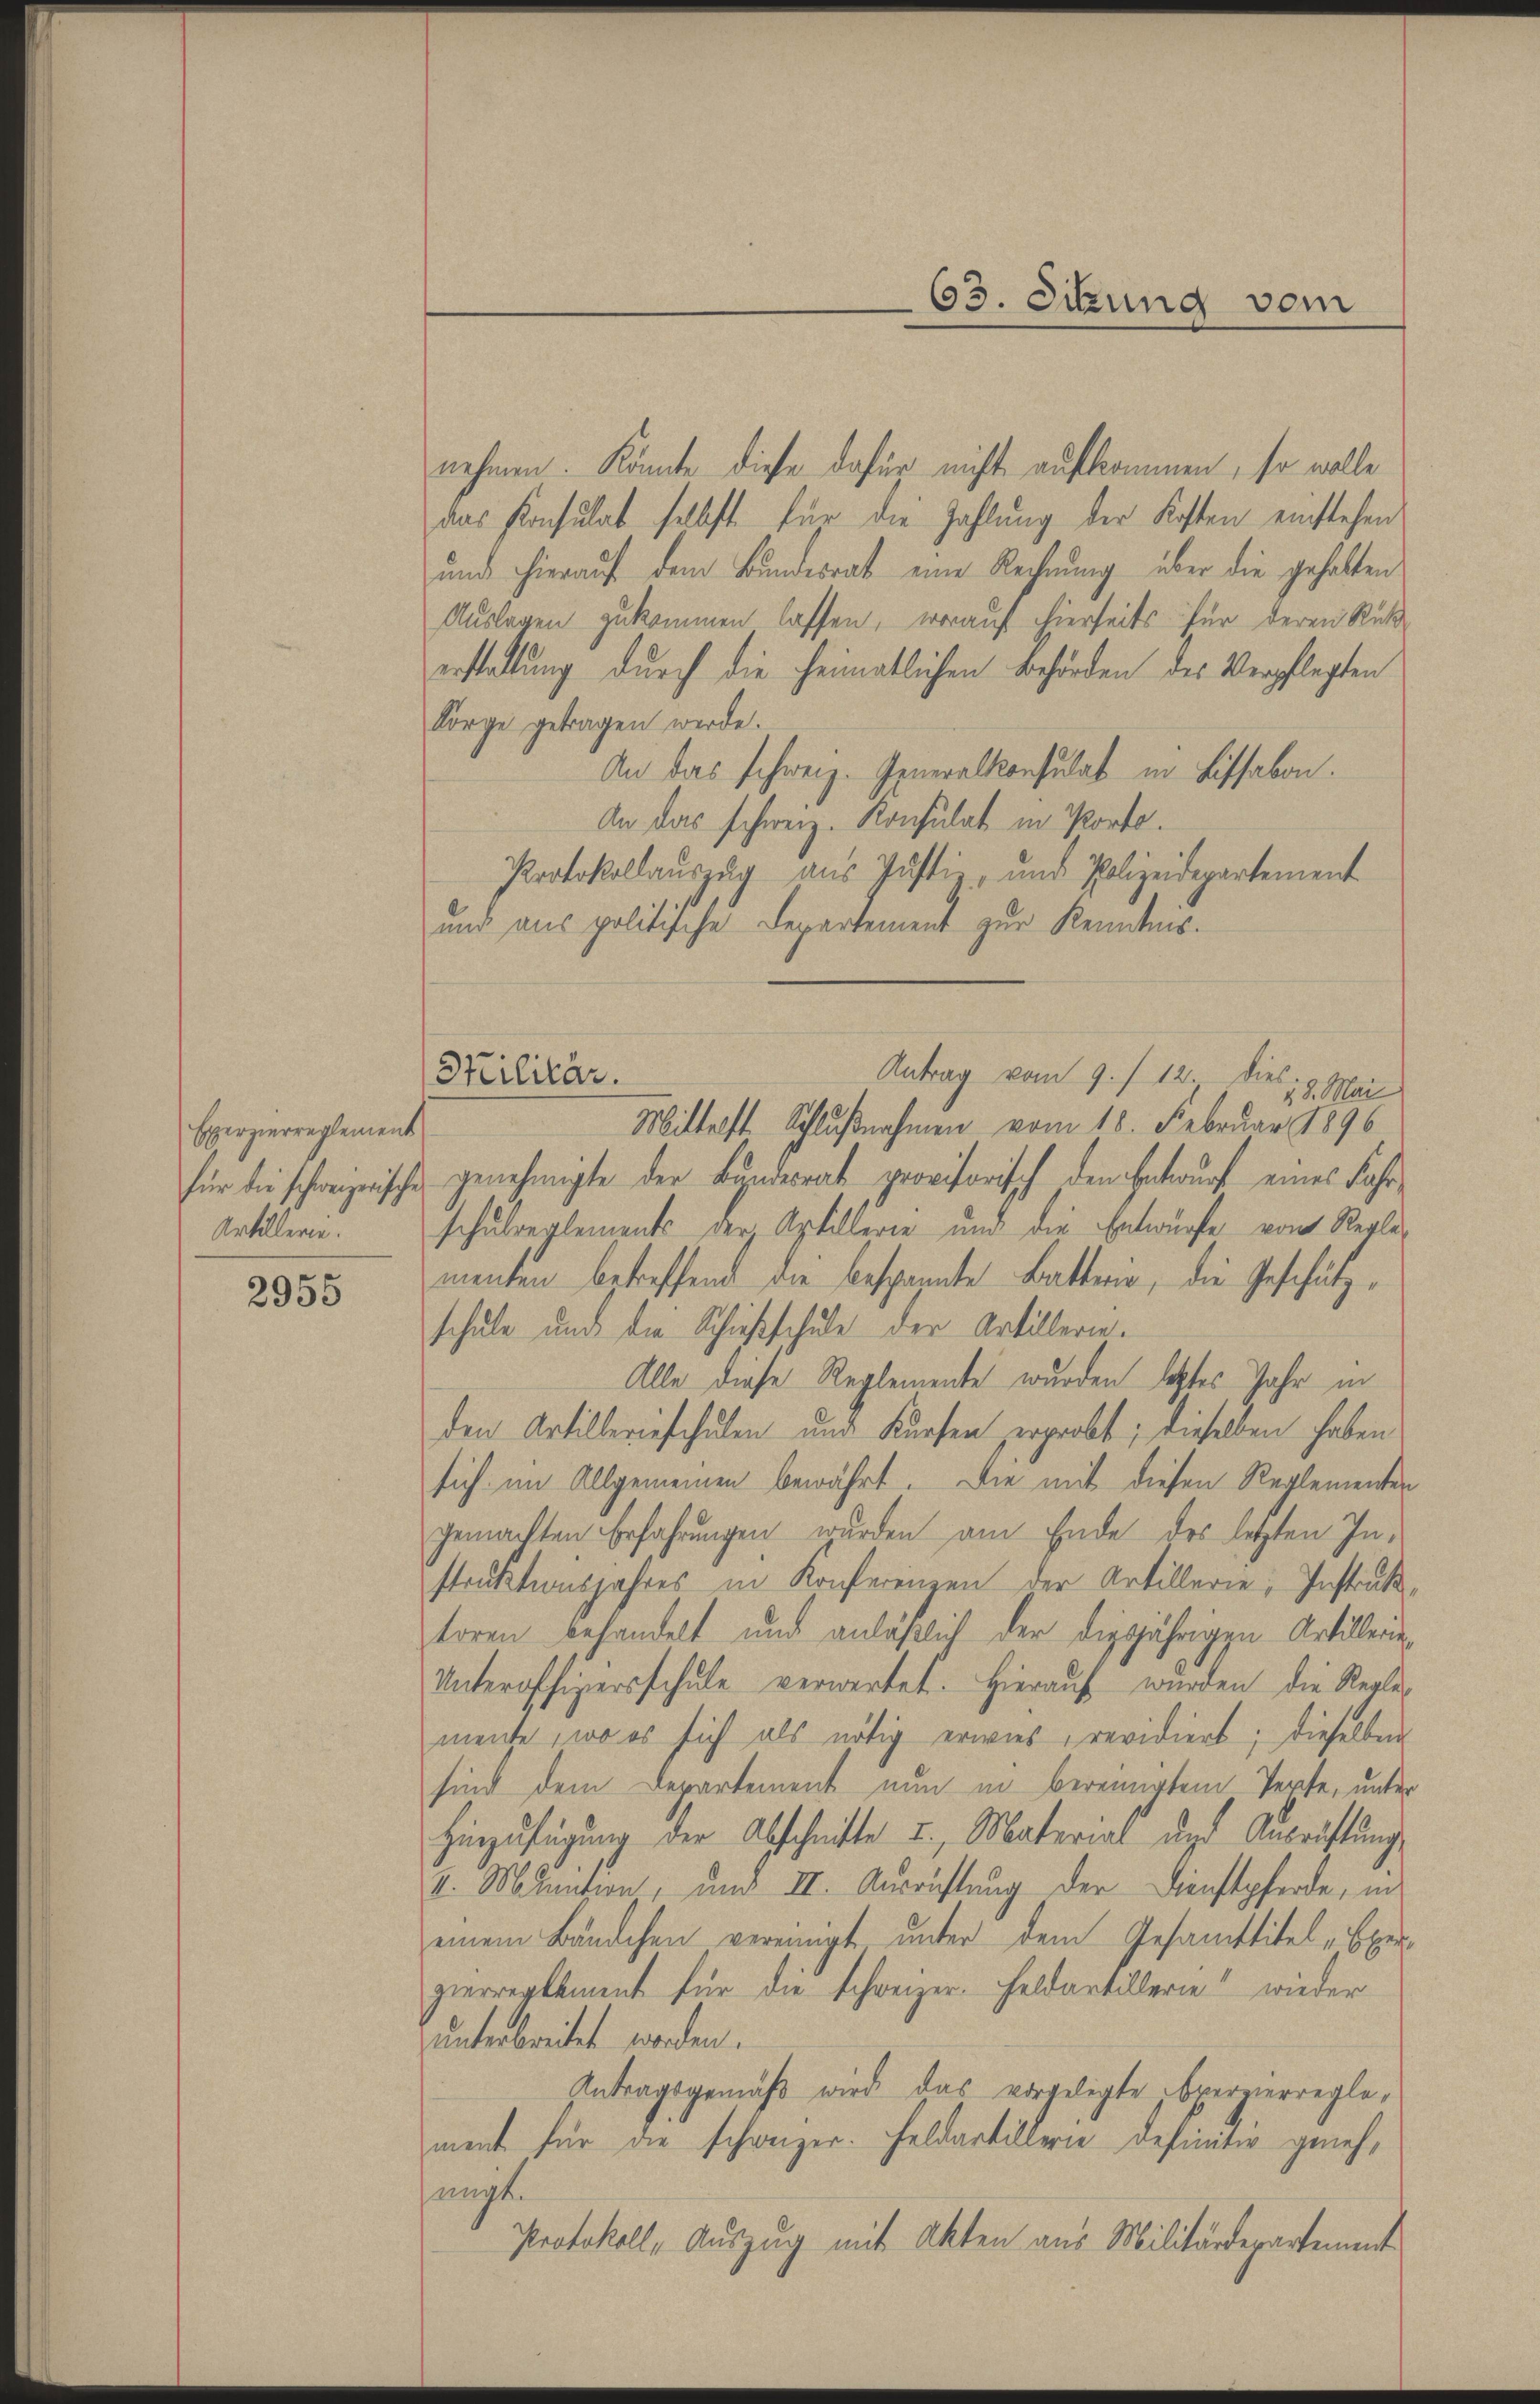
Exerzierreglement
Artillerie.

2955

nehmen. Könnte diese dafür nicht aufkommen, so wolle
das Konsulat selbst für die Zahlung der Kosten einstehen
und hierauf dem Bundesrat eine Rechnung über die gehalten
Auslagen zukommen lassen, worauf hierseits für deren Rußerstattung durch die heimatlichen Behörden des Verpflegten
Sorge getragen werde.
An das schweiz. Generalkonsulat in Lissabon.
An das schweiz. Konsulat in Porto.
Protokollauszug aus Justiz- und Polizeidepartement
und aus politische Departement zur Kenntnis.
Antrag vom 9. / 12. dies 19. Mai
Mittelst Schlußnahmen vom 18. Februar 1896
für die schweizerische genehmigte der Bundesrat provisorisch den Entwurf eines Fahrschulreglements der Artillerie und die Entwürfe von Reglementen betreffend die bespannte Batterie, die Geschätzschule und die Schießschule der Artillerie.
Alle diese Reglemente wurden letztes Jahr in
den Artilleriefchulen und Kursen erprobt; dieselben haben
sich im Allgemeinen bewährt. Die mit diesen Reglementen
gemachten Erfahrungen wurden am Ende des letzten Instruktionsjahres in Konferenzen der Artillerie, Instruktoren behandelt und anläßlich der diesjährigen Artillerin¬
Unteroffigersschule verwartet. Hierauf wurden die Reglemente, wo es sich als nötig erwies, revidiert; dieselben
sind dem Departement nun in bereinigtem Perfe, unter
Hinzufügung der Abschnitte u. Material und Ausrüstung
v. M. dation, und III. Ausrichtung der Dienstpferde, in
einem Bändchen vereinigt unter dem Gesamttitel „Exerzierreglement für die Schweizer. Feldartillerie wieder
unterbreitet worden.
Antragsgemäß wird das vorgelegte Operzierreglement für die schweizer. Feldartillerie Definitiv genehjangt.
Protokoll-Auszug mit Akten aus Militärdepartement

Militär.

63. Sitzung vom